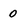
Character: 0